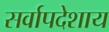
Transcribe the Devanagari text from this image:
सर्वापदेशाय